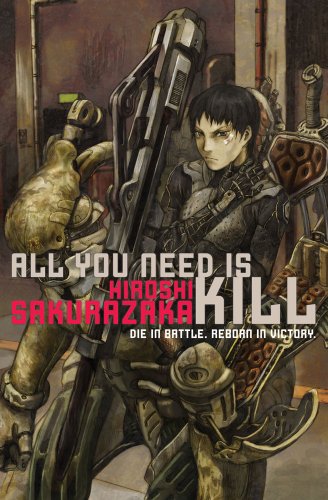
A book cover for All You Need Is Kill; Hiroshi Sakurazaka; Comics & Graphic Novels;